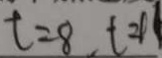
t = 8 , t = 1 1